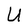
Character: U